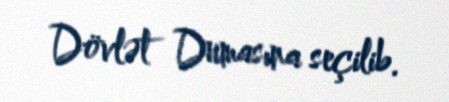
Dövlət Dumasına seçilib.